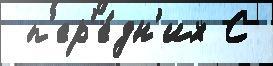
 п'ер'е́дн'их С